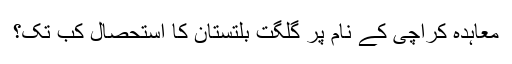
معاہدہ کراچی کے نام پر گلگت بلتستان کا استحصال کب تک؟